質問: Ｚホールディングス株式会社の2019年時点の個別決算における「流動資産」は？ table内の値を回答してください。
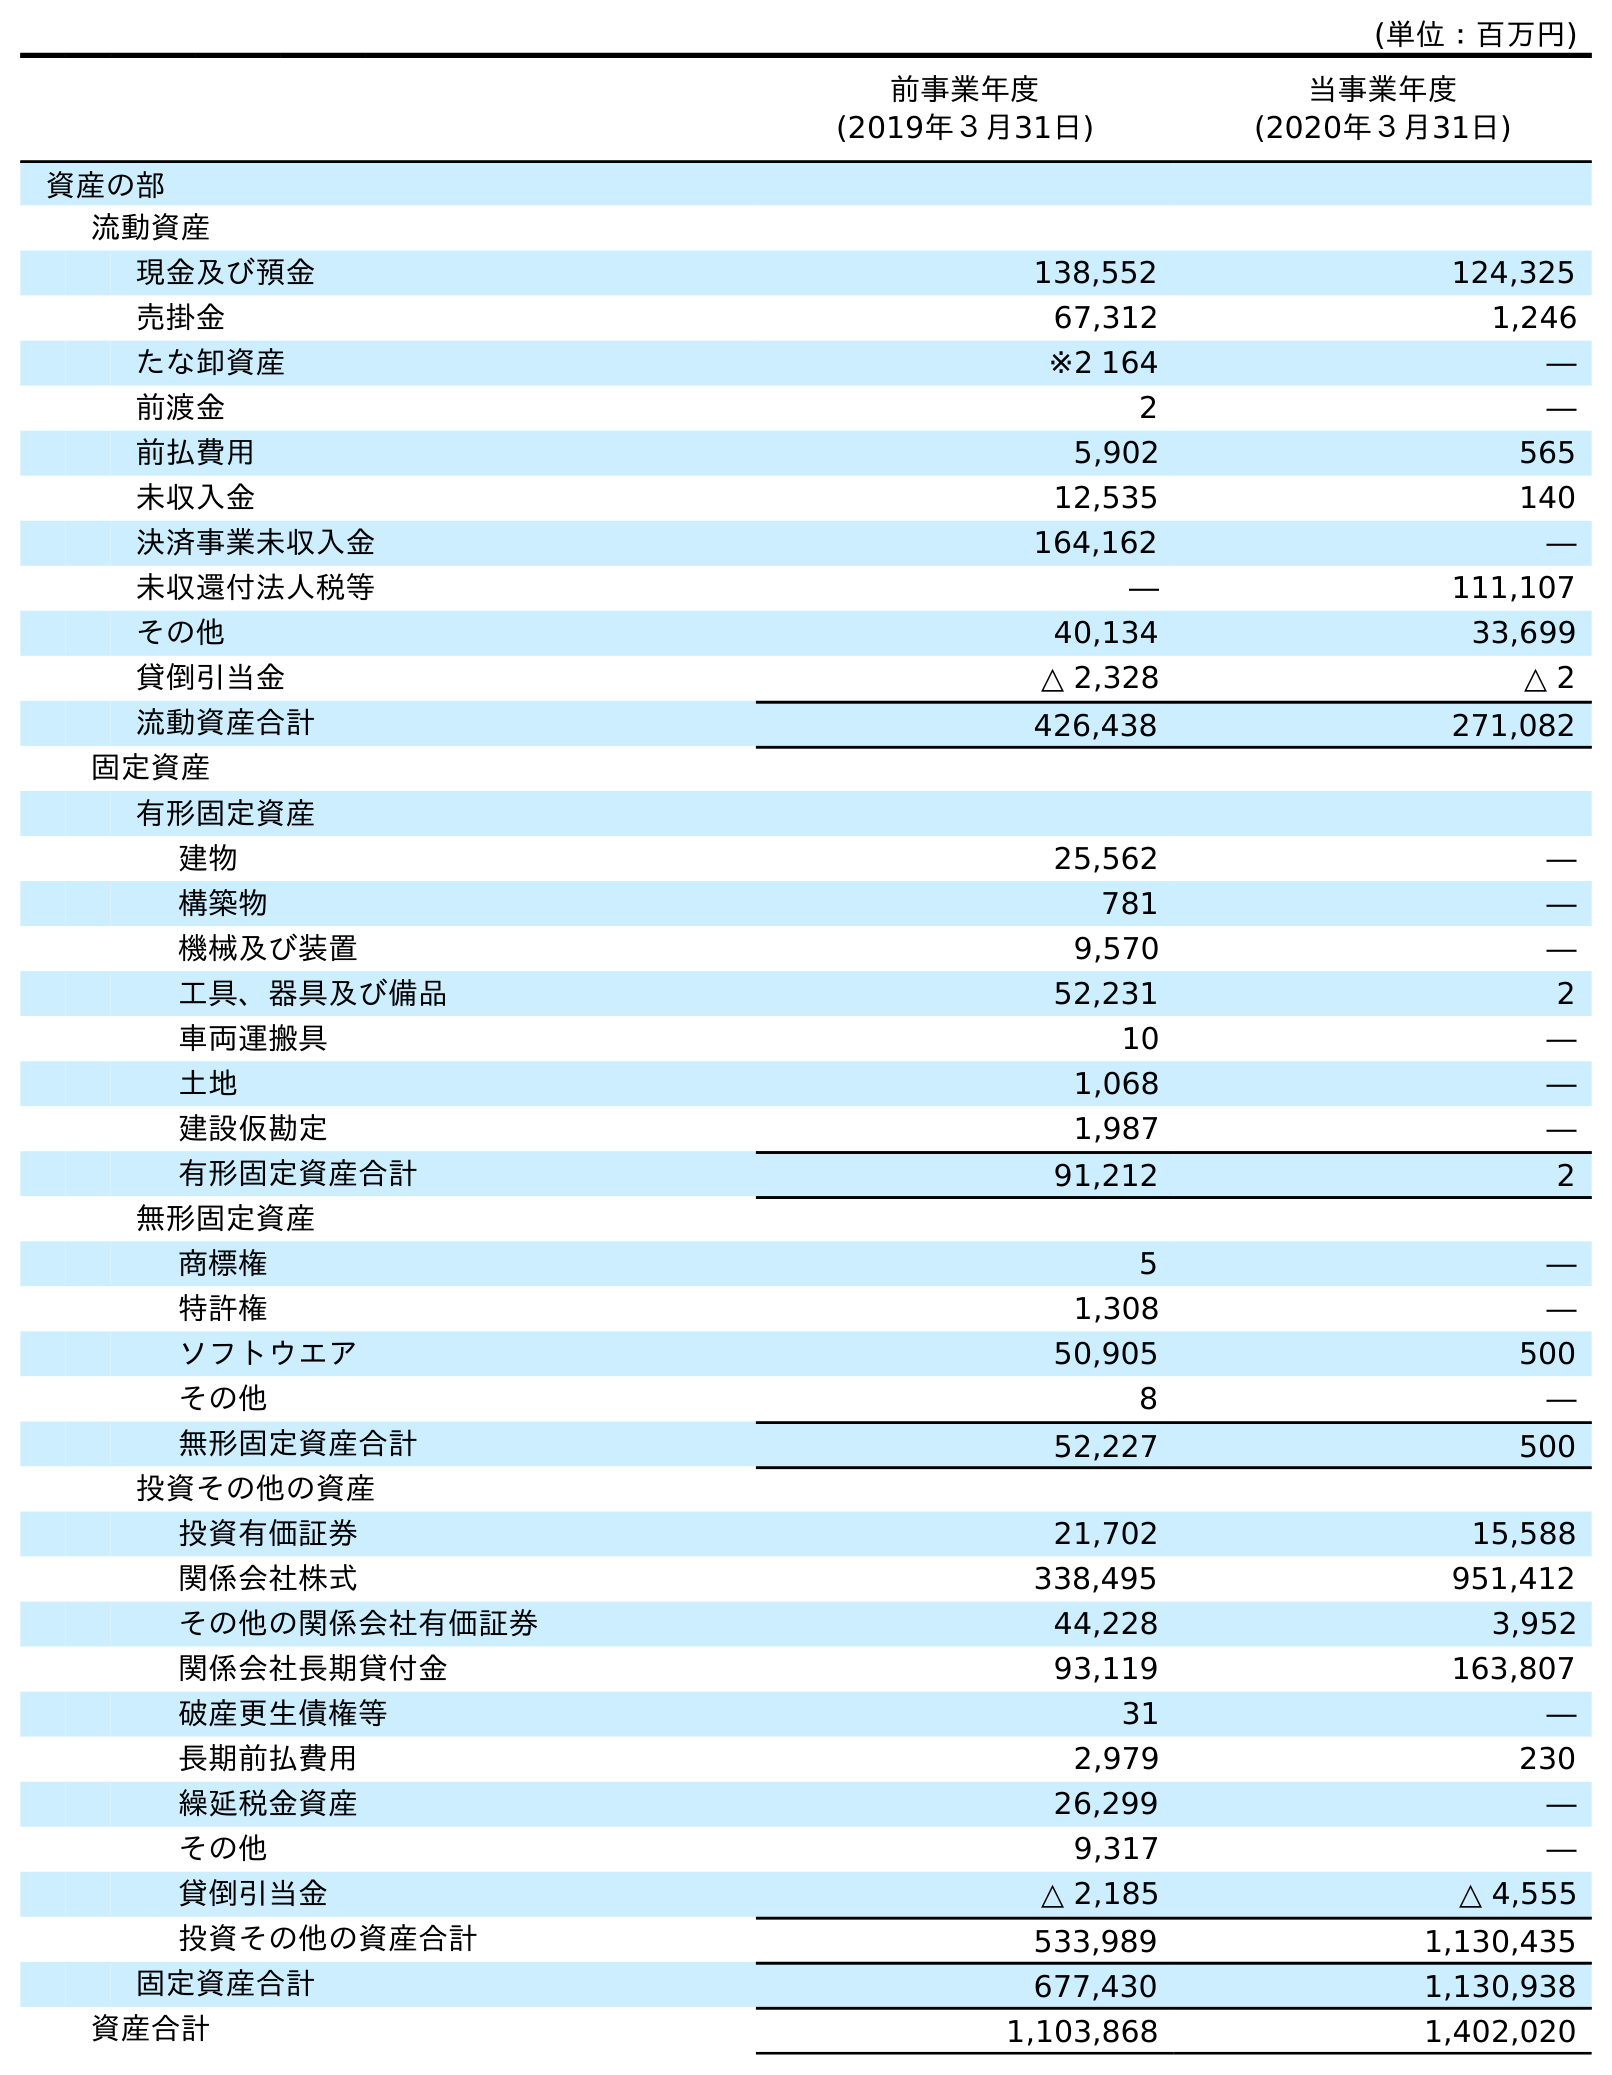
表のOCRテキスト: (単位：百万円) 前事業年度 (2019年３月31日) 当事業年度 (2020年３月31日) 資産の部 流動資産 現金及び預金 138,552 124,325 売掛金 67,312 1,246 たな卸資産 ※2 164 ― 前渡金 2 ― 前払費用 5,902 565 未収入金 12,535 140 決済事業未収入金 164,162 ― 未収還付法人税等 ― 111,107 その他 40,134 33,699 貸倒引当金 △ 2,328 △ 2 流動資産合計 426,438 271,082 固定資産 有形固定資産 建物 25,562 ― 構築物 781 ― 機械及び装置 9,570 ― 工具、器具及び備品 52,231 2 車両運搬具 10 ― 土地 1,068 ― 建設仮勘定 1,987 ― 有形固定資産合計 91,212 2 無形固定資産 商標権 5 ― 特許権 1,308 ― ソフトウエア 50,905 500 その他 8 ― 無形固定資産合計 52,227 500 投資その他の資産 投資有価証券 21,702 15,588 関係会社株式 338,495 951,412 その他の関係会社有価証券 44,228 3,952 関係会社長期貸付金 93,119 163,807 破産更生債権等 31 ― 長期前払費用 2,979 230 繰延税金資産 26,299 ― その他 9,317 ― 貸倒引当金 △ 2,185 △ 4,555 投資その他の資産合計 533,989 1,130,435 固定資産合計 677,430 1,130,938 資産合計 1,103,868 1,402,020
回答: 426,438